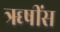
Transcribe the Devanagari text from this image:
ॠषींस